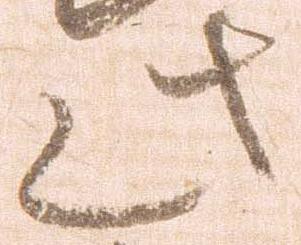
此